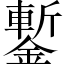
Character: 鏨